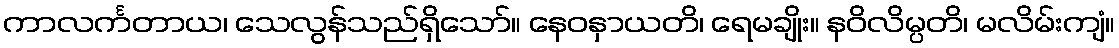
ကာလင်္ကတာယ၊ သေလွန်သည်ရှိသော်။ နေဝနှာယတိ၊ ရေမချိုး။ နဝိလိမ္ပတိ၊ မလိမ်းကျံ။